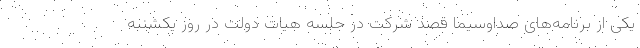
یکی از برنامه‌های صداوسیما قصد شرکت در جلسه هیات دولت در روز یکشنبه